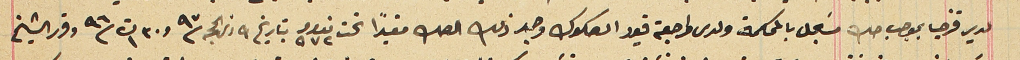
لدير قزحيا بموجب صك مسَجل بالمحكمة ولدى مراجعة قيود الصكوك وجد ذلك الصك مقيداً تحت نمرو ٩٧٢ بتاريخ ٩ ذى الحجه سنة ٩٧ و٣٠ ت١ سنة ٩٦ وقرر الشيخ